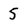
Character: 5